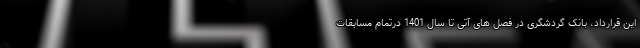
این قرارداد، بانک گردشگری در فصل های آتی تا سال 1401 درتمام مسابقات